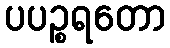
ပပဉ္စရတော